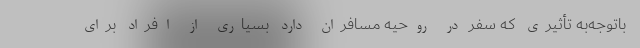
باتوجه‌به تأثیری که سفر در روحیه مسافران دارد بسیاری از افراد برای